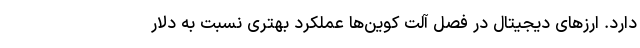
دارد. ارزهای دیجیتال در فصل آلت‌ کوین‌ها عملکرد بهتری نسبت به دلار